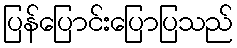
ပြန်ပြောင်းပြောပြသည်